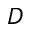
D